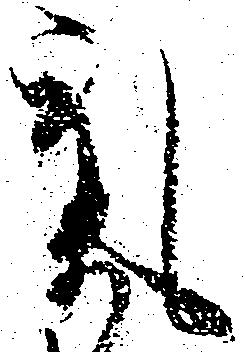
気